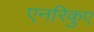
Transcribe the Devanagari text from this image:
एनरिकुए